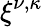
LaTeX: \xi^{\nu,\kappa}